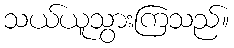
သယ်ယူသွားကြသည်။